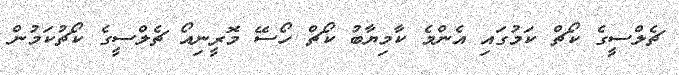
ޗެލްސީގެ ކޯޗް ކަމުގައި އެންމެ ކާމިޔާބު ކޯޗް ހޯސޭ މޮރީނިއޯ ޗެލްސީގެ ކޯޗުކަމުން